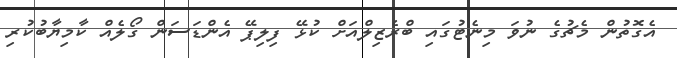
އެގޮތުން މެޗުގެ ނުވަ މިނެޓުގައި ބްރެޒިލްއަށް ކުޅޭ ފިލިޕޭ އެންޑަސަން ގޯލެއް ކާމިޔާބުކުރި